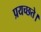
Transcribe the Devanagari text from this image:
प्रयच्छते।